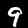
Digit: 9